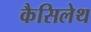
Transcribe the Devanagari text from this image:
कैसिलेथ